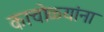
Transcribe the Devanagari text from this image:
काचोळ्यांना